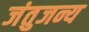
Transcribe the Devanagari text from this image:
जंतुजन्य